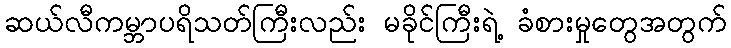
ဆယ်လီကမ္ဘာပရိသတ်ကြီးလည်း မခိုင်ကြီးရဲ့ ခံစားမှုတွေအတွက်